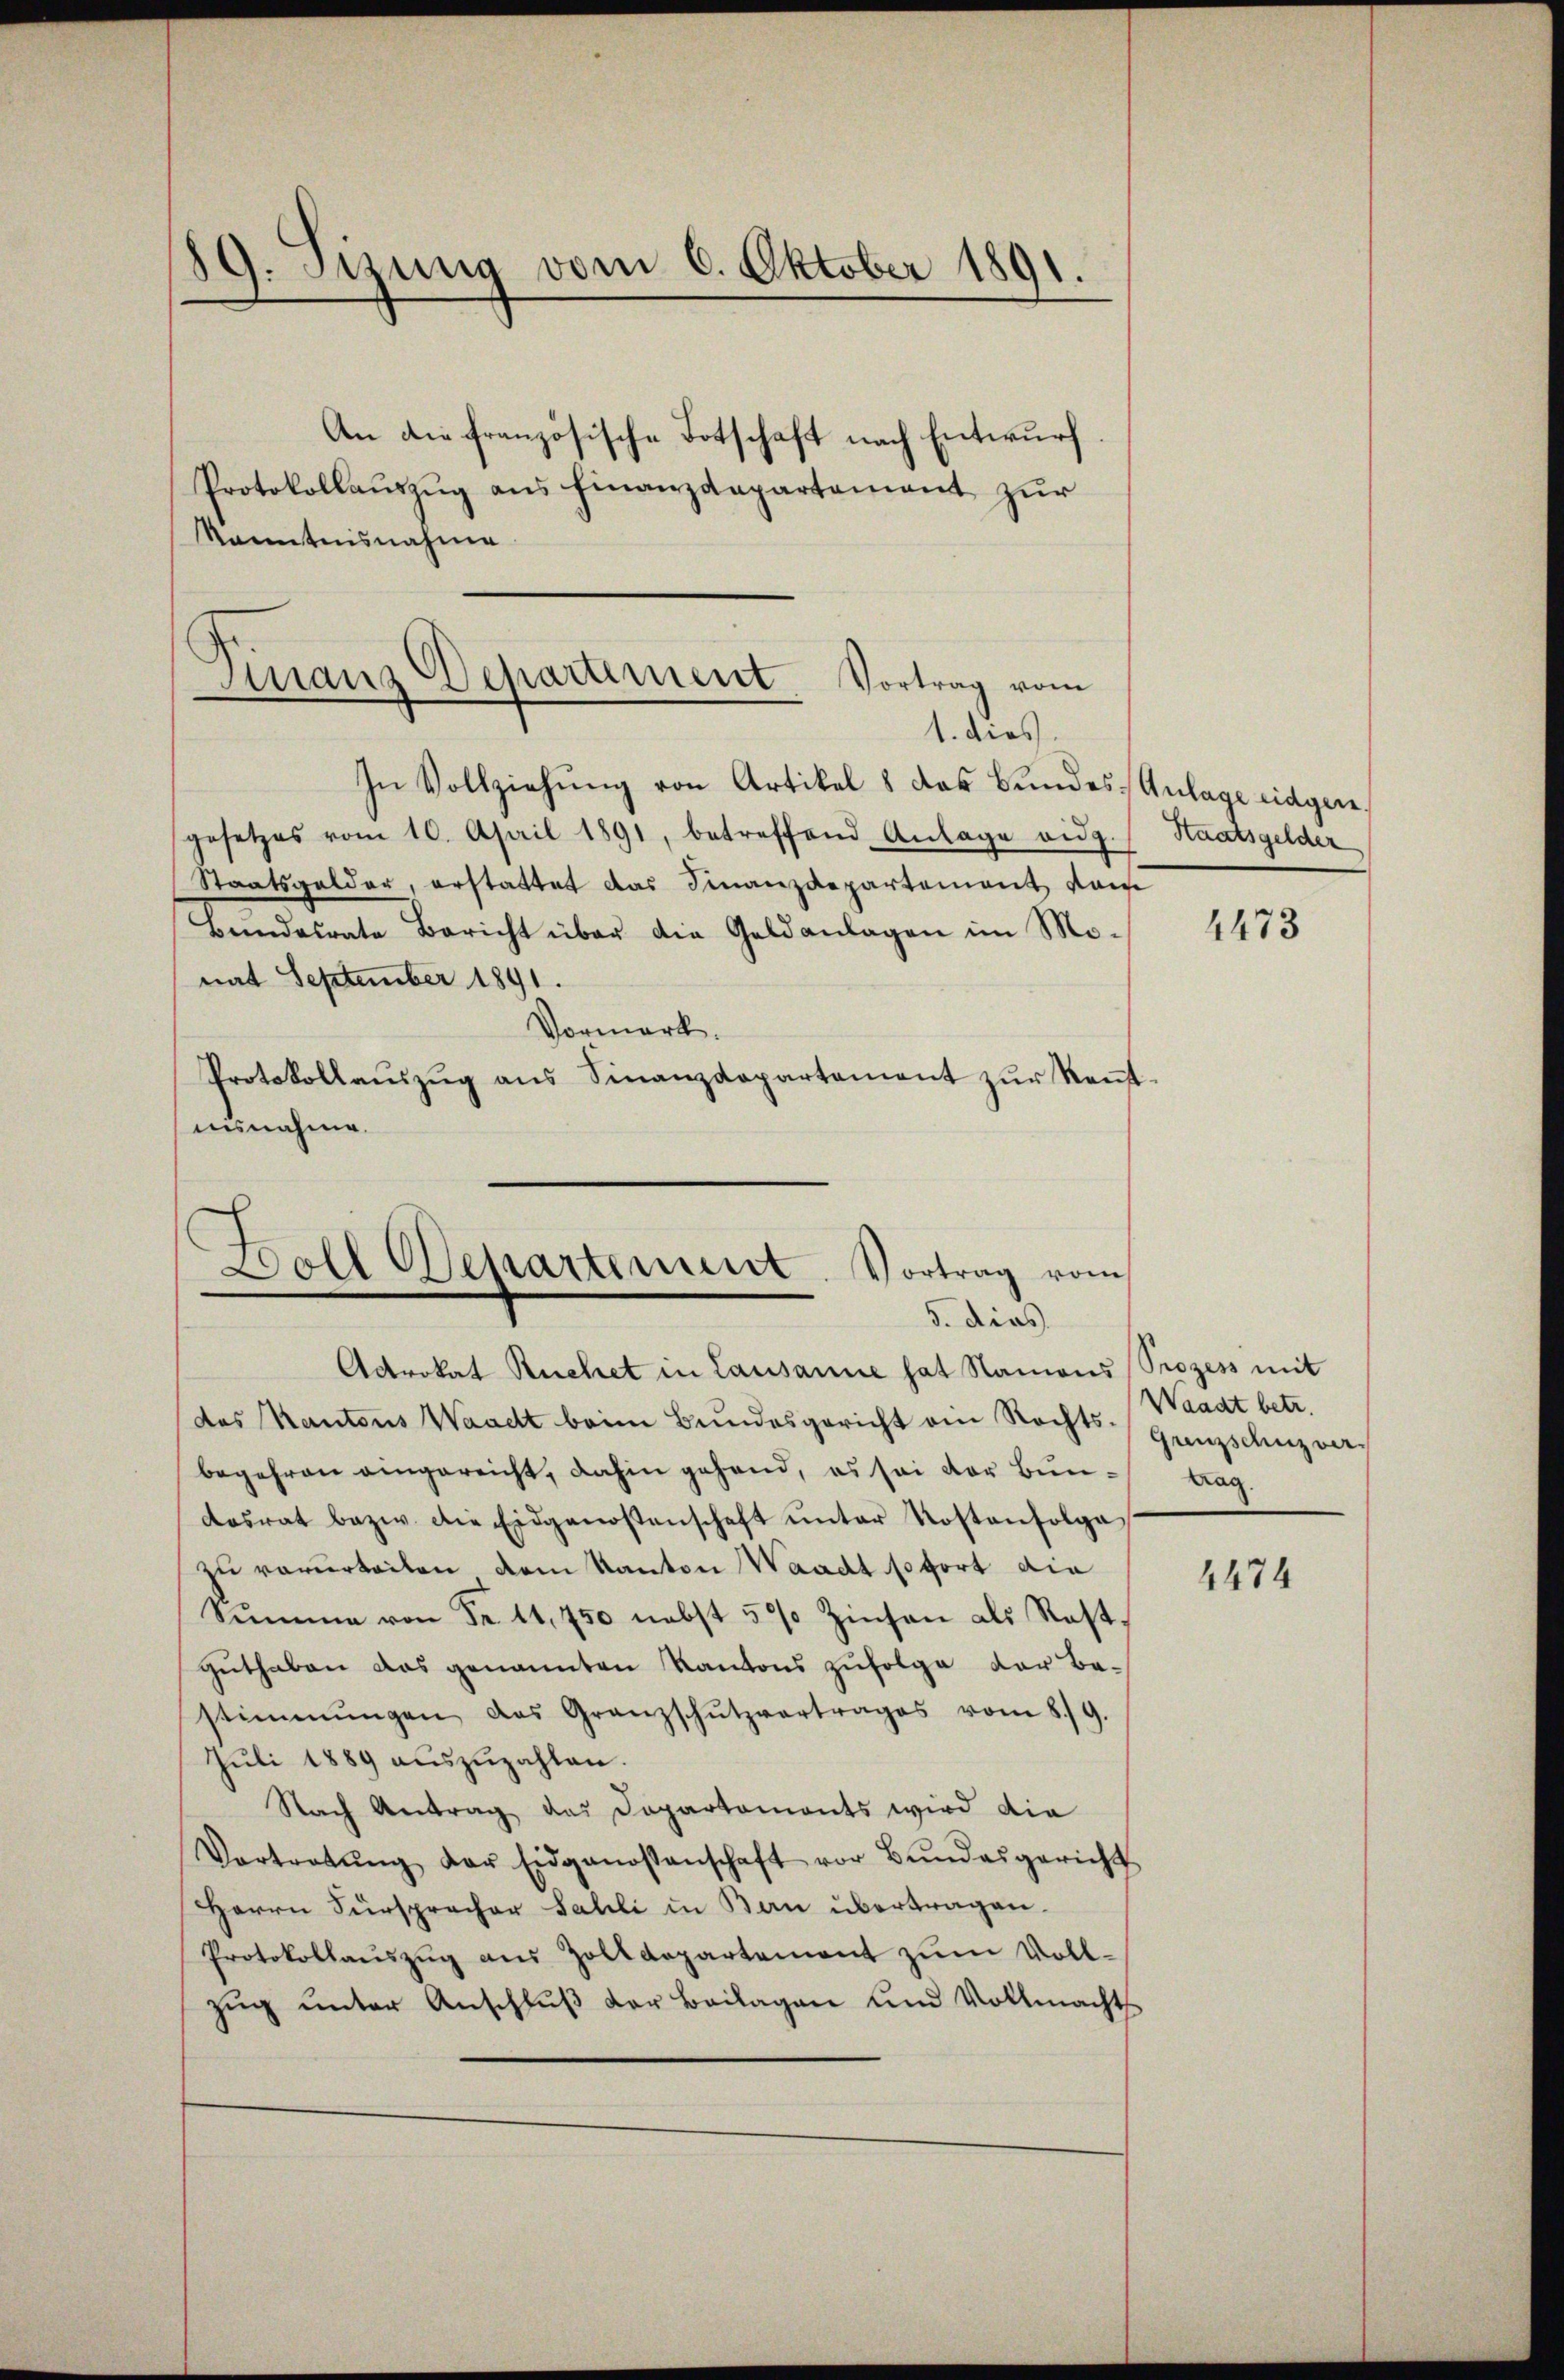
89. Sitzung vom 6. Oktober 1891.
An die französische Totschaft nach Entwurf.
Protokollauszug aus finanzdepartement zur
kanntnisnahme

Finanz Departement. Vortrag vom
1. dies

In Vollziehung von Artikel 8 das Bundes Anlage eidgen.
gesetzes vom 10. April 1891, betreffend Anlage eidg. Staatsgelder
Staatsgelder, erstattet das Finanzdepartement vom
Bundesrate Bericht über die Geldanlagen im Monat September 1891.
Vormerk.
Protokollaŭszŭg ans Finanzdepartement zŭr Keṅt-
aisnahme.

Boll Departement. Vortrag vom
5. dies

Advokat Ruchet in Lausanne hat Namons Prozess mit
des Kantons Waadt beim Bundesgericht ein Rechts-
begehren eingereicht, dahin gehand, es sei der Bundesrat bezw. die Eidgenossenschaft ŭnter Kostenfolge,
zu verurteilen dem Kanton Waadt sofort die
Sŭmme von Fr. 14,750 nebst 5% Zinsen als Rost-
guthaben das genannten Kantons zufolge der bestimmungen das Granzschutzvortrages vom 8./9.
Jŭli 1889 aŭszŭzahlen.
Nach Antrag das Departemonts wird die
Vortretŭng der Eidgenossenschaft vor Bŭndesgericht
Herrn Fürspracher Sahli in Bern übertragen.
Protokollaŭszŭg aŭs Zolldepartement zŭm Voll-
zŭg ŭnter Anschlŭβ der Beilagen und Vollmachts

2473

Waadt betr.
Grenzschuz ver
tag.

4474